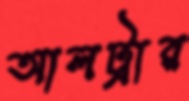
আলট্রার